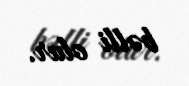
bəlli olur.